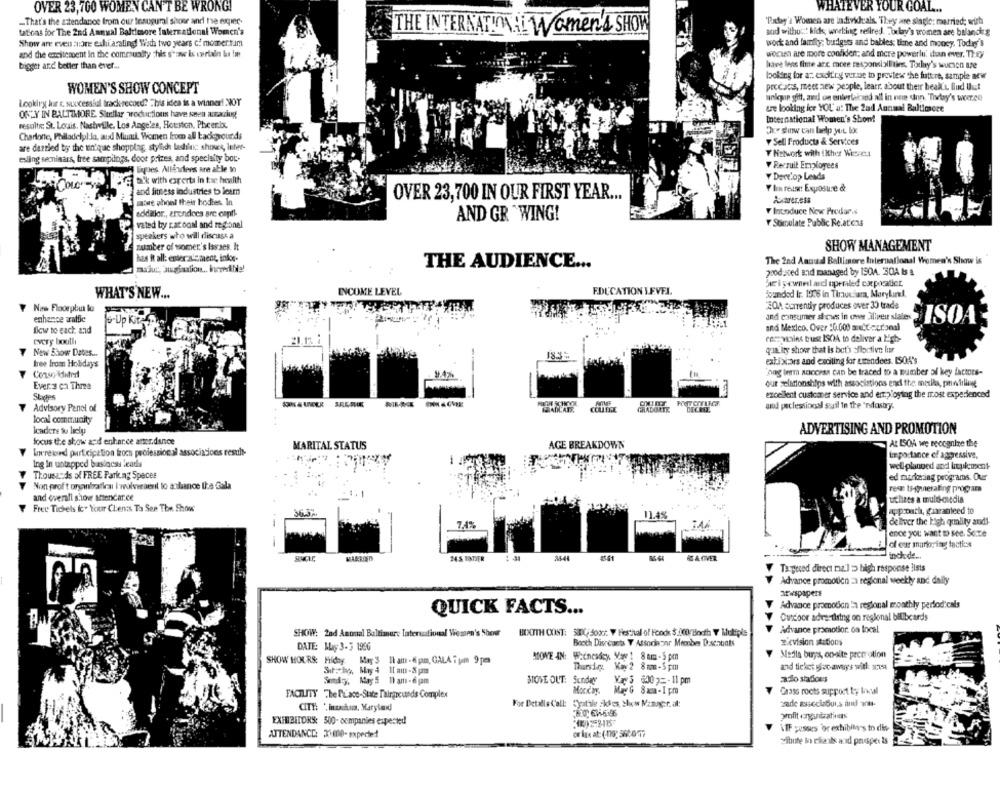
OVER 23,700 WOMEN CAN'T BE WRONG!
WHATEVER YOUR GOAL ...
-That's the aztendance from our tosugural shour and he exper-
'Ruby's Women are individuals. They are slagle: married; with
tations for The 2nd Annual Baltimore International Women's
THE INTERNATIONAL Women's SHOW
aod withut :: kids; working refired. Today's women are balanckg
Show are even :: ore echiaraling! With two years c: momentum
work and family; budigsts and bables; time and money. Today's
and the excitement In the community this s'ane is certain bu in
worin are more confident; and mere powerlu. dan mer. They
bigger and better than ever ...
have less fine anc more responsbollitien. Today's wurden sze
looking for a: exclfry venue to preview che futtre, sample new
precios, meet new people, learr. about their beall', find thet
WOMEN'S SHOW CONCEPT
Looking har & successful track record? This idea is a winner! NOT
wolpie gitt, and on enterlaiciod all in one unn. "Today's woerce
ue looking ice YOU u: The 2ad Annual Baltimore
ONLY IN BALTIMORE. Similar woductions have seen amacciug
International Women's Shon!
result: St. Louis, Nastwille, Los Angeles, Houston, Pheerix.
Dre sinw can help you box
Charlotte, Philladelpl:Ja, and Miunik. Women from all backgrounds
Sell Products & Services
are darried by the un'que shopplag, stylide lashinc: shows, inter-
esling seminars, free samplings, door prizes, and specially bot-
F Network with INher Wiesrett
7 Recruit Employees
Expres Allindens are able to
talk with crerts in tac health
Dertop Leads
and fitness industries to learn
Y hu reus: Exposure &
OVER 23,700 IN OUR FIRST YEAR ...
more phool their bodies In
addiklor ., &rendoes are copf !-
Intoduce Now Produr.s
AND GR "WING!
vated by ratooal and regional
Stimulate Public Relations
speakers who will discuss a
number of women's Iasses. It
SHOW MANAGEMENT
has it all: enter-alement, infor-
The 2nd Annual Baltimore International Women's Show is
THE AUDIENCE ...
produced and managed by 1904. 30A b &
Weisewned andl operaled corpocadier
WHAT'S NEW ...
INCOME LEVEL
EDUCATION LEVEL.
Sounded Ir. 1976 in Timzuciara, Marykind.
New Floorpbu lo
201 currentiy produces over 30 trade
and consumer shows in owe ällver slales
enhence zratfie
6-Up Kit-
ISOA
Ilcw to each and
and Mexico. Over :0.000 anteztional
every boutlı
ces vales trust ISOA to deliver a High-
qua Ity show that Is bet sflortive lur
New Show Dates ...
tree from Holidays
extixcars and exciting for ettendees. ISOA's
'nng term success can be traced to a number ai key factors-
Ever 3 ca Three
our selationships with associations end the maxila, profiling
Shops
excellent customer service and employing the most experienced
Advisory Panel of
au peclestional sil in the *ndashy.
local community
Icaders tu licly
ADVERTISING AND PROMOTION
focus the show and enhance atter,dance
AL ISOA we recognize the
Ineretord participation from puoiessional associations result-
MARITAL STATUS
AGE BREAKDOWN
Importance of aggressive,
Ing In untapped business leads
well-planned and kuukment
Thousands of FREE Parking Spaces
ed marketing programs. Our
Non profit organiaties I wuiversenil lo anbance Ia Gala
rede Is-Annerating program
and overall show attencar.ce
uchizes a muld-media
Free Tickets Ic. Your Clients Ta See The Show
11.4%
approach, guaranteed to
deliver the high quality andi-
74%
ence you want to see. Some
--
of our marloying tactics
incede ...
MARRIED
364
Tagesed direct mu'] > high response lists
Advance promotion : regional weekly and daily
aewspapers
Advance proenotion la regional monthly periodicals
QUICK FACTS ...
Outdoor advertising on regional bilibcards
SHOW: 2nd Anomal Baltimore Tatenational Wessen's Show
BOOTH OOST: 530; 3000 *. V Festival of Foodx $ 100 Hoch Y Muliple
Advance promotion: on local
Booth Discounts V Associapar Meonben Dostunts
2.evision stations
DATE: May 3-3 1996
MOVE IN: Whenesdey. Mare 1 8 am - 5 pm
Media buyer, on-site prerrotion
SHOW HOURS: Friday.
May 3 1h am - 6 pam, GALA i pm 9pm
Thurstee Kay 2 8mm-5pm
and ticket soc-aways with: 279
May 5 11 am-6 pam
STOVE OUT: Sunday
Væ 5 6:007 =- 11 pm
2.do staSous
FACILITY The Place-State Fairgrounds Complex
Mig G 8aca- I pm
Grass roots support ty Il
For Detalls Call: gyutile alles, Show Manger. at:
CITE: * incucina, Maryland
EXHIBITORS: 500- companies expected
MIF pessees or exhibit's to dis
ATTENDANCE: 31600- expected
situte lo chails and prosper is